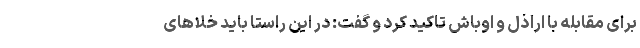
برای مقابله با اراذل و اوباش تاکید کرد و گفت: در این راستا باید خلاهای